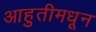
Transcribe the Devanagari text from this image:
आहुतीमधून